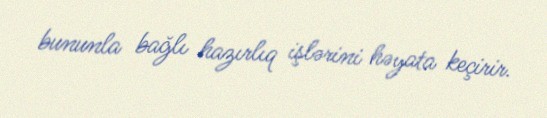
bununla bağlı hazırlıq işlərini həyata keçirir.